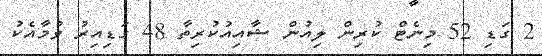
2 ގަޑި 52 މިނެޓް ކުރިން ލިއުން ޝާއިއުކުރިތާ 48 ގަޑިއިރު ވުމާއެކު